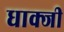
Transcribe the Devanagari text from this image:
धाक्जी